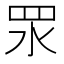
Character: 𥄳